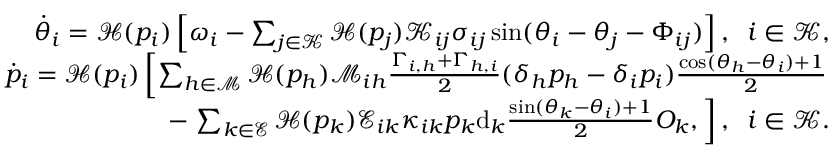
\begin{array} { r } { \dot { \theta } _ { i } = \mathcal { H } ( p _ { i } ) \left[ \omega _ { i } - \sum _ { j \in \mathcal { K } } \mathcal { H } ( p _ { j } ) \mathcal { K } _ { i j } \sigma _ { i j } \sin ( \theta _ { i } - \theta _ { j } - \Phi _ { i j } ) \right] , \; \; i \in \mathcal { K } , } \\ { \dot { p } _ { i } = \mathcal { H } ( p _ { i } ) \left[ \sum _ { h \in \mathcal { M } } \mathcal { H } ( p _ { h } ) \mathcal { M } _ { i h } \frac { \Gamma _ { i , h } + \Gamma _ { h , i } } { 2 } ( \delta _ { h } p _ { h } - \delta _ { i } p _ { i } ) \frac { \cos ( \theta _ { h } - \theta _ { i } ) + 1 } { 2 } \right. } \\ { - \left. \sum _ { k \in \mathcal { E } } \mathcal { H } ( p _ { k } ) \mathcal { E } _ { i k } \kappa _ { i k } p _ { k } \mathrm { d } _ { k } \frac { \sin ( \theta _ { k } - \theta _ { i } ) + 1 } { 2 } O _ { k } , \right] , \; \; i \in \mathcal { K } . } \end{array}